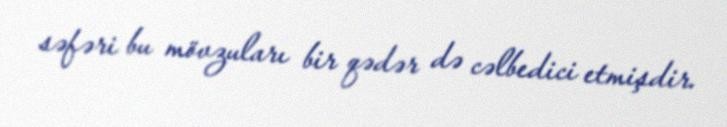
səfəri bu mövzuları bir qədər də cəlbedici etmişdir.